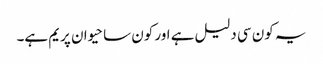
یہ کون سی دلیل ہے اور کون سا حیوان پریم ہے۔